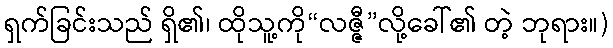
ရှက်ခြင်းသည် ရှိ၏၊ ထိုသူ့ကို“လဇ္ဇီ”လို့ခေါ်၏ တဲ့ ဘုရား။)